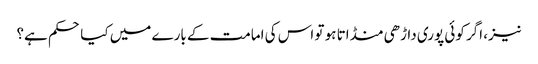
نیز، اگر کوئی پوری داڑھی منڈاتا ہو تو اس کی امامت کے بارے میں کیا حکم ہے؟